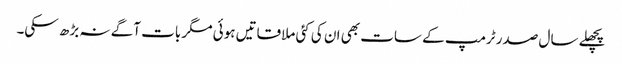
پچھلے سال صدر ٹرمپ کے سات بھی ان کی کئی ملاقاتیں ہوئی مگر بات آگے نہ بڑھ سکی۔